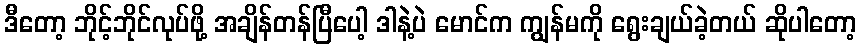
ဒီတော့ ဘိုင့်ဘိုင်လုပ်ဖို့ အချိန်တန်ပြီပေါ့ ဒါနဲ့ပဲ မောင်က ကျွန်မကို ရွေးချယ်ခဲ့တယ် ဆိုပါတော့